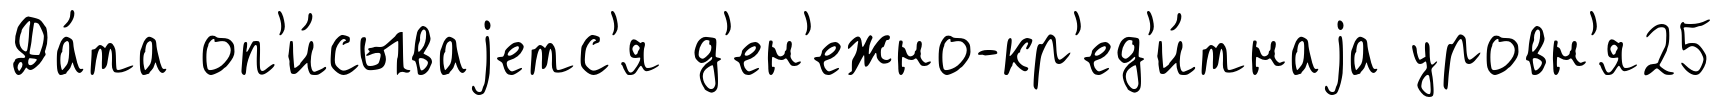
Да́та оп'и́сываjетс'я д'ен'ежно-кр'ед'и́тнаjа уровн'я25